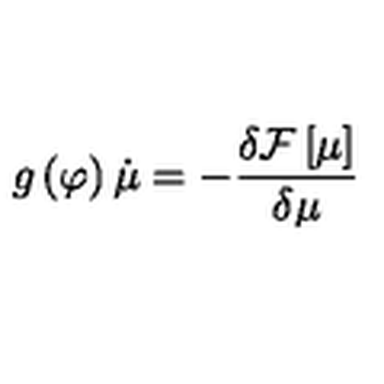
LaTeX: g \left( \varphi \right) \dot { \mu } = - \frac { \delta { \cal F } \left[ \mu \right] } { \delta \mu }